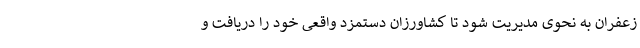
زعفران به نحوی مدیریت شود تا کشاورزان دستمزد واقعی خود را دریافت و